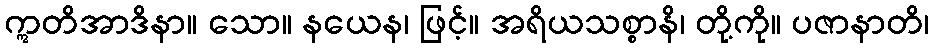
ဣတိအာဒိနာ။ သော။ နယေန၊ ဖြင့်။ အရိယသစ္စာနိ၊ တို့ကို။ ပဇာနာတိ၊